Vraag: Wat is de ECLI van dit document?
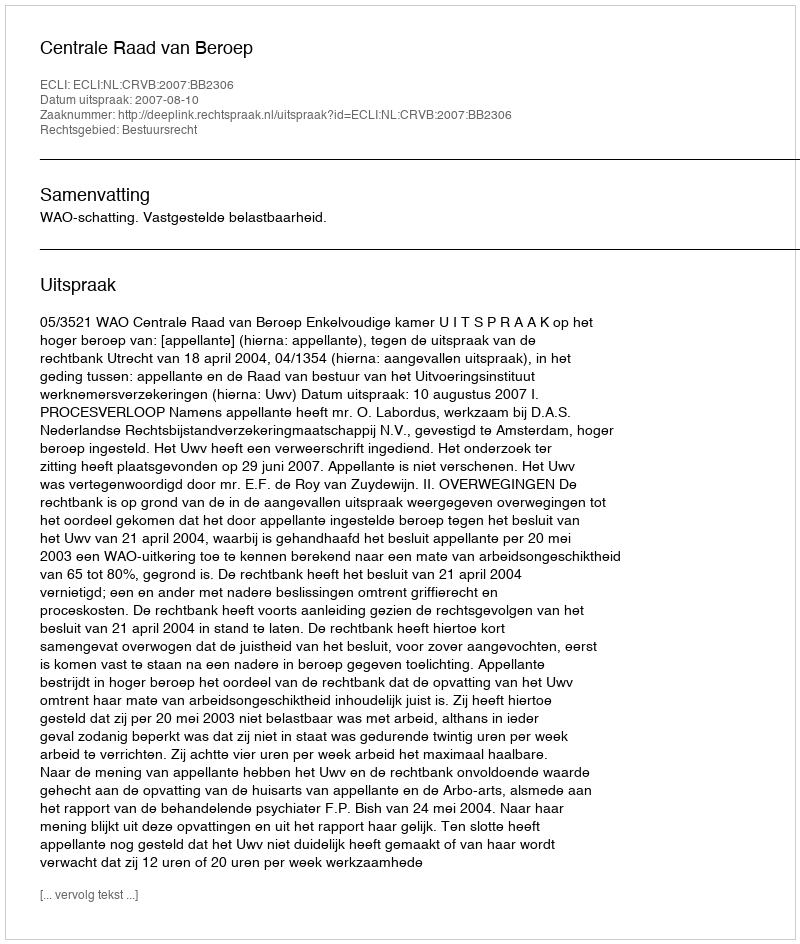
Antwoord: ECLI:NL:CRVB:2007:BB2306